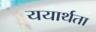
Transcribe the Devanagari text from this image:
ययार्थता